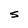
Character: S